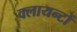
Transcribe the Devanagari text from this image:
क्लायन्टों